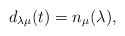
\begin{align*} d_{\lambda\mu}(t)= n_\mu({\lambda}), \end{align*}